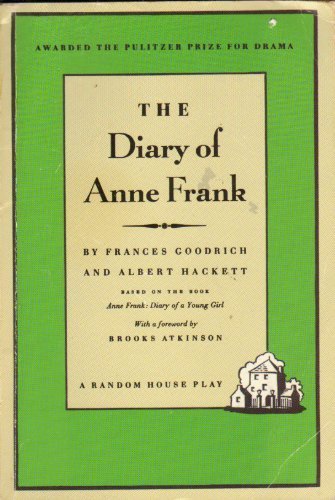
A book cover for Diary of Anne Frank; Frances Goodrich; History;